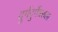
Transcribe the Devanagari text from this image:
दुर्गदुर्गेश्वराला